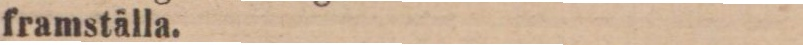
framställa.